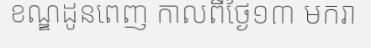
ខណ្ឌដូនពេញ កាលពីថ្ងៃ១៣ មករា